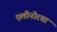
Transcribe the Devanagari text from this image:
एलीनोरचा